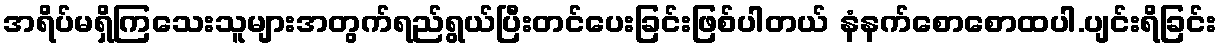
အရိပ်မရှိကြသေးသူများအတွက်ရည်ရွယ်ပြီးတင်ပေးခြင်းဖြစ်ပါတယ် နံနက်စောစောထပါ.ပျင်းရိခြင်း